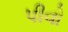
પીવો